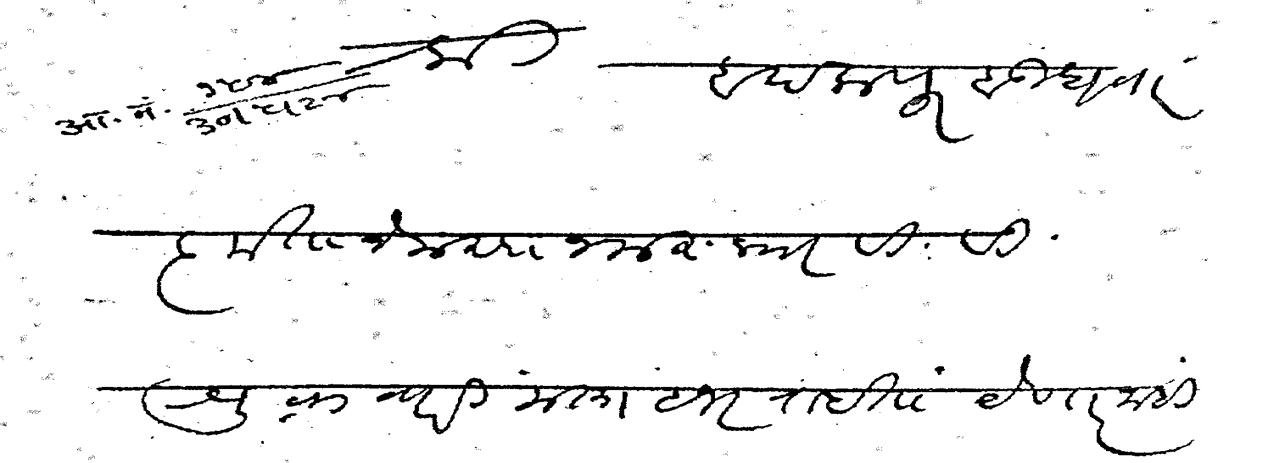
Transliteration (Devanagari): श्री बदलापूर बुधवार कृतानेक सा नमस्कार वि वि शुक्रवारी मला हजर राहता येणार नाही पण शनिवारी मी हजर राहीन व रविवारी